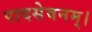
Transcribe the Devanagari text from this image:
पादसेवनम्।